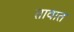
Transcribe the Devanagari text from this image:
तावात